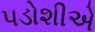
પડોશીએ